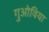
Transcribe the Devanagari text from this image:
गुओविया